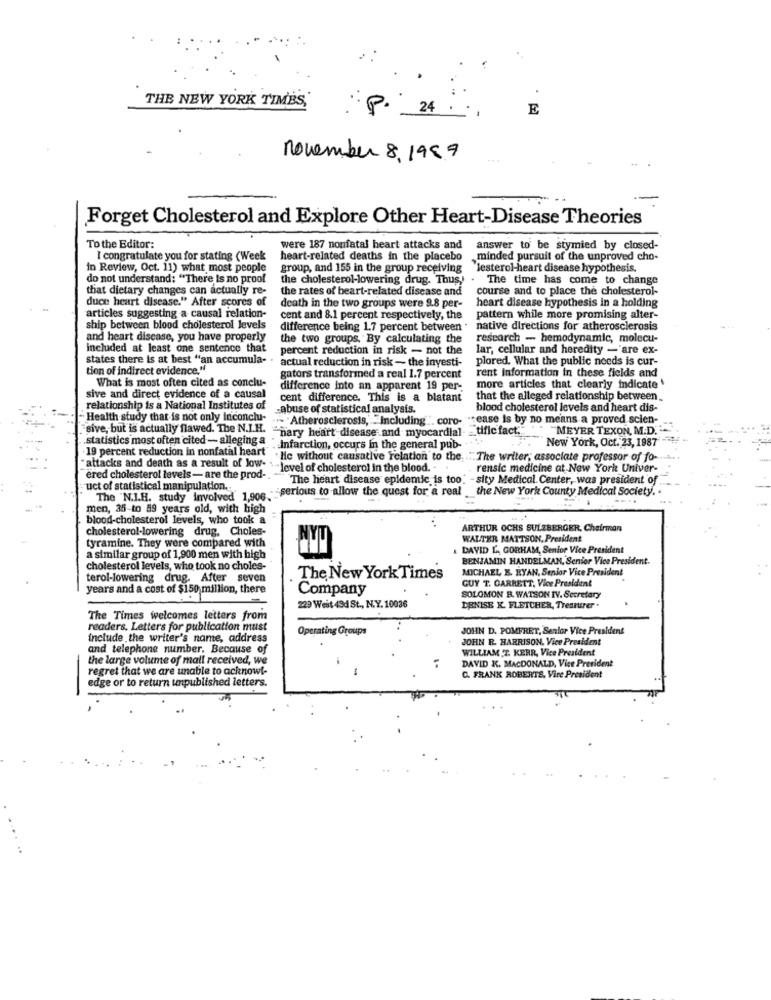
THE NEW YORK TIMES,
P.
24
E
november 8, 1999
Forget Cholesterol and Explore Other Heart-Disease Theories
To the Editor:
were 187 nonfatal heart attacks and
answer to be stymied by closed-
I congratulate you for stating (Week
heart-related deaths in the placebo
minded pursuit of the unproved cho-
in Review, Oct. 11) what most people
group, and 155 in the group receiving lesterol-heart disease hypothesis.
do not understand: "There Is no proof
the cholesterol-lowering drug. Thus,
The time has come to change
that dietary changes can actually re-
the rates of beart-related disease and
course and to place the cholesterol-
duce heart disease." After scores of
heart disease hypothesis in a holding
death in the two groups were 9.8 per-
articles suggesting a causal relation-
cent and 8.1 percent respectively, the
pattern while more promising alter-
ship between blood cholesterol levels
difference being 1.7 percent between . native directions for atherosclerosis
and heart disease, you have properly
the two groups, By calculating the
research - hemodynamic, molecu-
included at least one sentence that
percent reduction in risk - not the
lar, cellular and heredity -'are ex-
states there is at best "an accumula-
actual reduction in risk - the inyesti-
plored. What the public needs is cur-
tion of indirect evidence."
What is most often cited as conclu-
gators transformed a real 1.7 percent
rent information in these fields and
difference into an apparent 19 per-
more articles that clearly indicate
sive and direct evidence of a causal
cent difference. This is a blatant
that the alleged relationship between ..
relationship is a National Institutes of
„abuse of statistical analysis.
blood cholesterol levels and heart dis-
Health study that is not only inconclu-
.- "Atherosclerosis, Including ". coro- cease is by no means a proved scien-
sive, but is actually flawed. The N.I.H.
"nary heart disease and myocardial- _ tificfact."
MEYER TEXON, M.D.
.statistics most often cited - alleging a
New York, Oct. 23, 1987
19 percent reduction in nonfatal heart"
Infarction, occurs in the general pub-
"lic without causative relation to the ."The writer; associate professor of fo-
attacks and death as a result of low- :
"level of cholesterol in the blood."
rensic medicine at New York Univer-
ered cholesterol levels- are the prod -.
The heart disease epidemic is too.
-sity Medical Center, was president of
uct of statistical manipulation ..
:serious to allow the quest for a real
the New York County Medical Society. .
The "N.I.H. study involved 1,906."
men, 35-to 59 years old, with high
blood-cholesterol levels, who took a
cholesterol-lowering drug, Choles-
ARTHUR OCHS SULZBERGER, Chairman
tyramine. They were compared with
WALTER MATTSON, President
DAVID L ., GORHAM, Senior Vice President
a similar group of 1,900 men with high
BENJAMIN HANDELMAN, Senior Vice President.
cholesterol levels, who took no choles-
MICHAEL E. RYAN, Senior Vice President
terol-lowering drug. After seven
The New York Times
GUY T. GARRETT, Vice President
years and a cost of $150 million, there
Company
SOLOMON B. WATSON IV. Secretary
229 Weit 494 St ., N.Y. 10036
DENISE K. FLETCHER, Tresturer .
The Times welcomes letters from
readers. Letters for publication must
Operating Groups
JOHN D. POMFRET, Senior Vice President
include the writer's name, address
JOHN R. HARRISON, Vice President
and telephone number. Because of
WILLIAM T. KERR, Vice President
the large volume of mall received, we
DAVID K. MACDONALD, Vice President
regret that we are unable to acknow !-
edge or to return unpublished letters.
C. FRANK ROBERTS, Vice President